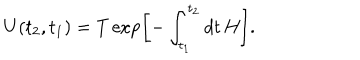
U ( t _ { 2 } , t _ { 1 } ) = T \exp \left[ - \int _ { t _ { 1 } } ^ { t _ { 2 } } d t \, H \right] .